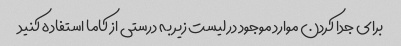
برای جدا کردن موارد موجود در لیست زیر به درستی از کاما استفاده کنید